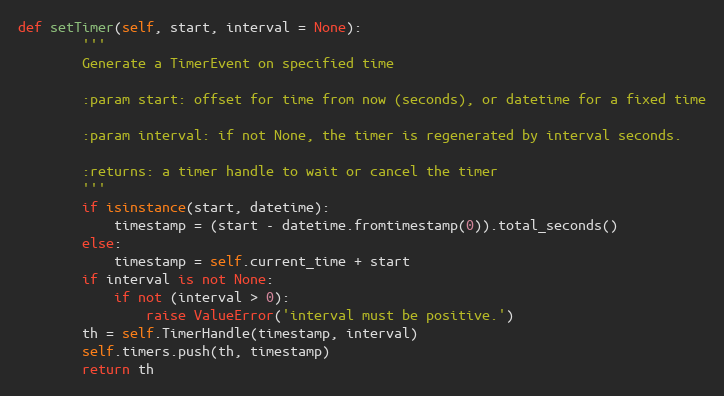
Language: Python
def setTimer(self, start, interval = None):
        '''
        Generate a TimerEvent on specified time

        :param start: offset for time from now (seconds), or datetime for a fixed time

        :param interval: if not None, the timer is regenerated by interval seconds.

        :returns: a timer handle to wait or cancel the timer
        '''
        if isinstance(start, datetime):
            timestamp = (start - datetime.fromtimestamp(0)).total_seconds()
        else:
            timestamp = self.current_time + start
        if interval is not None:
            if not (interval > 0):
                raise ValueError('interval must be positive.')
        th = self.TimerHandle(timestamp, interval)
        self.timers.push(th, timestamp)
        return th